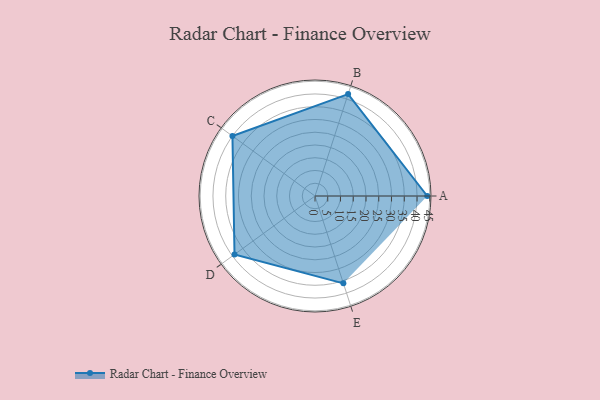
{"axis": {"x": "Skill", "y": "Score"}, "legend": ["Profile"], "data": [{"x": "A", "y": 44.0, "type": "Profile"}, {"x": "B", "y": 42.0, "type": "Profile"}, {"x": "C", "y": 40.0, "type": "Profile"}, {"x": "D", "y": 39.0, "type": "Profile"}, {"x": "E", "y": 36.0, "type": "Profile"}]}